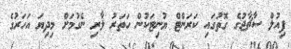
ފިއުލް ސާޗާޖުގެ ގޮތުގައި ކަރަންޓް ޔުނިޓަކުން ހަަތަރު ލާރި ނެގުމަށް މިދިޔަ އަހަރުގެ